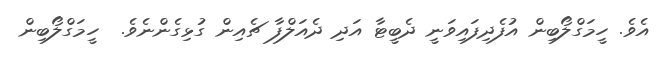
އެވެ. ހީމަގްލޯބިން އުފެދިފައިވަނީ ދެބީޓާ އަދި ދެއަލްފާ ޗެއިން ގުޅިގެންނެވެ.  ހީމަގްލޯބިން